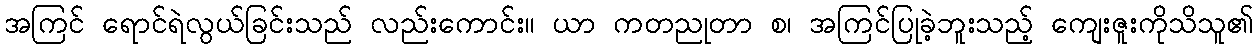
အကြင် ရောင်ရဲလွယ်ခြင်းသည် လည်းကောင်း။ ယာ ကတညုတာ စ၊ အကြင်ပြုခဲ့ဘူးသည့် ကျေးဇူးကိုသိသူ၏